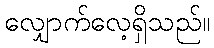
လျှောက်လေ့ရှိသည်။